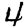
Digit: 4